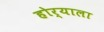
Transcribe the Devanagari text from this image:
होर्‍याला